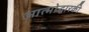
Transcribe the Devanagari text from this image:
आत्मोद्धारकी